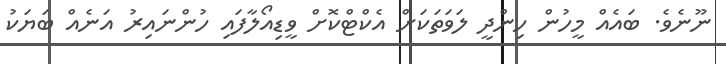
ނޫނެވެ. ބައެއް މީހުން ހިންދީ ލަވަތަކަށް އެކްޓްކޮށް ވީޑިއޯލާފައި ހުންނައިރު އަނެއް ބަޔަކު